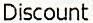
DISCOUNT